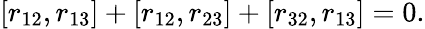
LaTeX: [r_{12},r_{13}]+[r_{12},r_{23}]+[r_{32},r_{13}]=0.